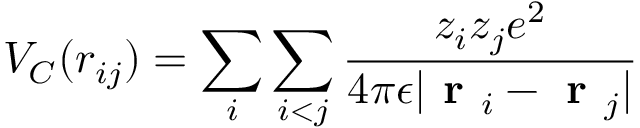
\centering V _ { C } ( r _ { i j } ) = \sum _ { i } \sum _ { i < j } \frac { z _ { i } z _ { j } e ^ { 2 } } { 4 \pi \epsilon | \textbf { r } _ { i } - \textbf { r } _ { j } | }